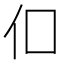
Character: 㐰